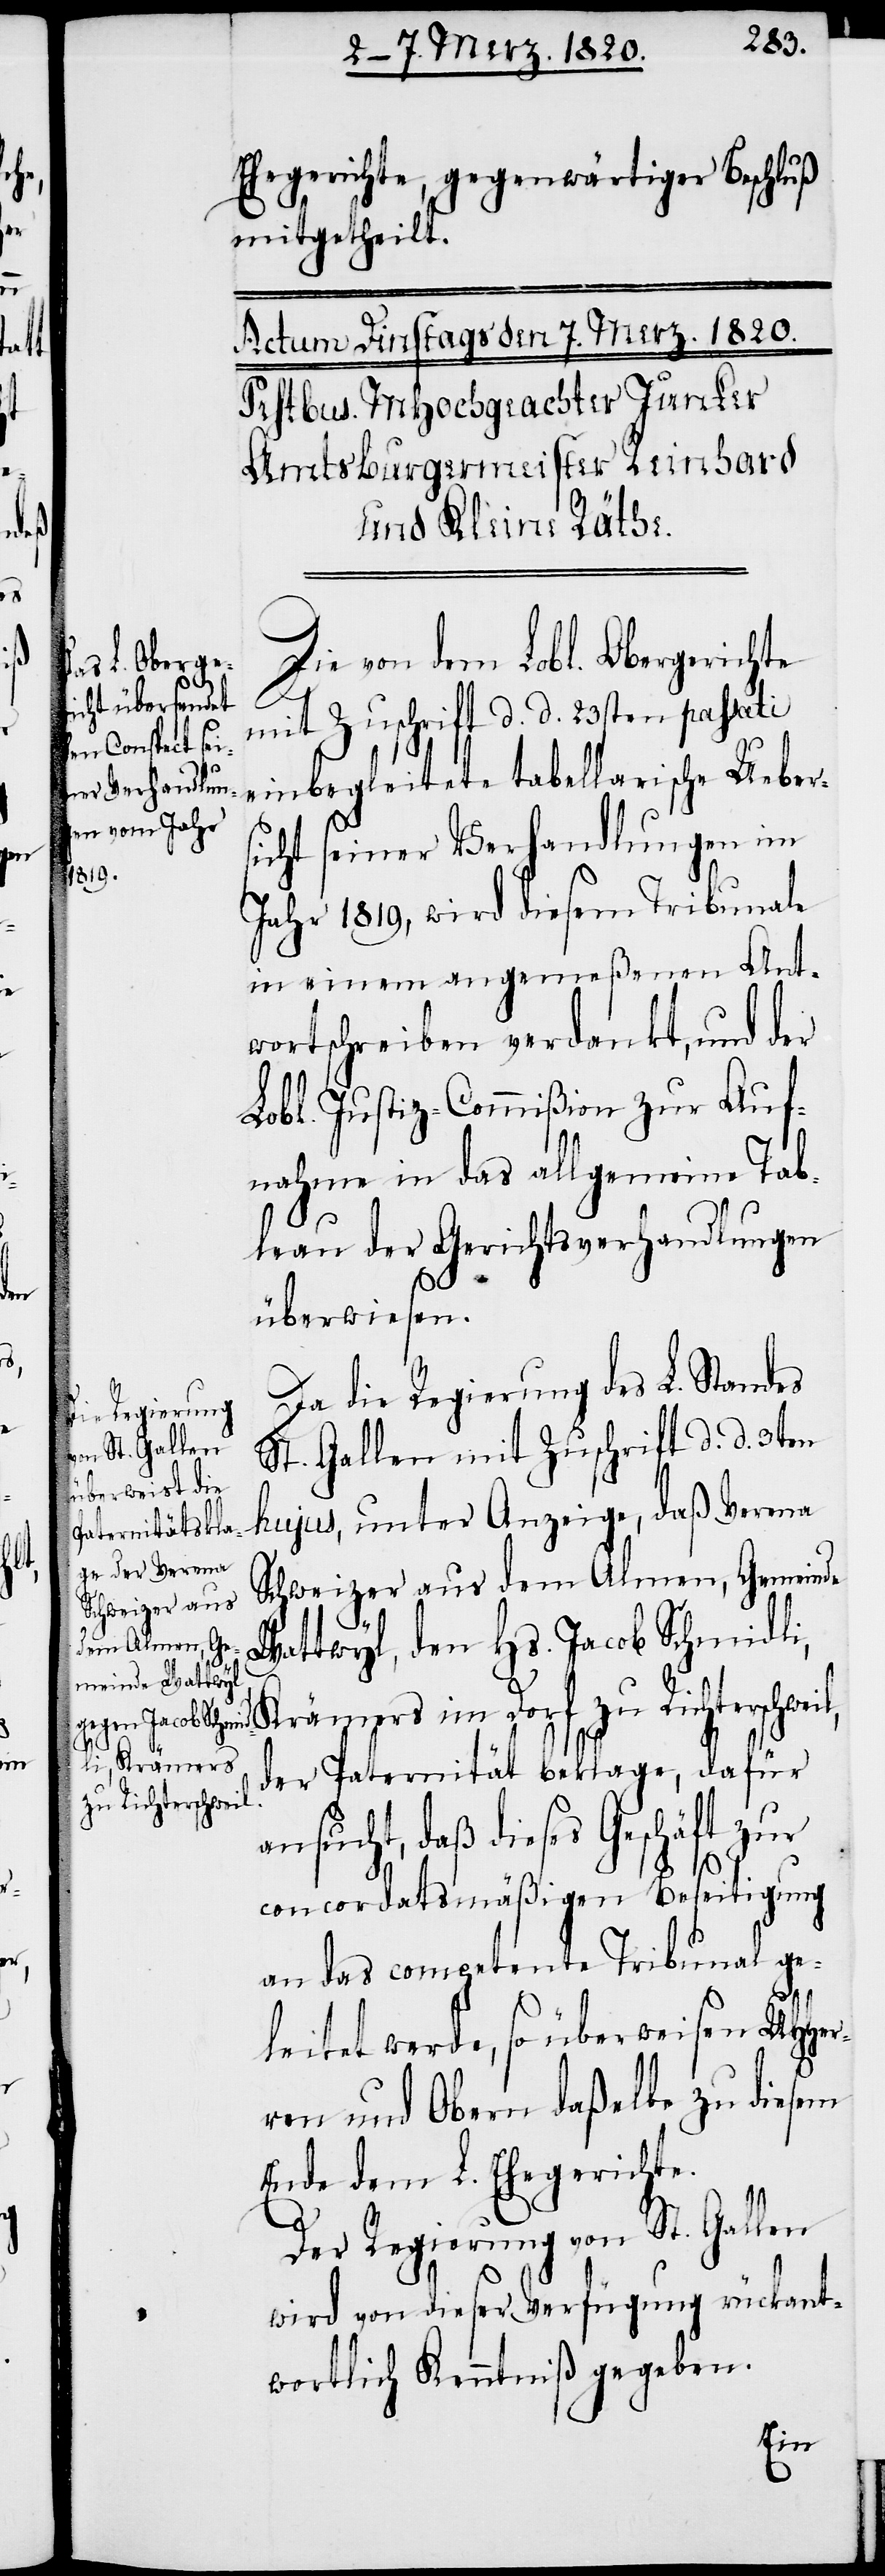
im

Ehegerichte, gegenwärtiger Beschluß
mitgetheilt.
Die von dem Lobl. Obergerichte
mit Zuschrift d. d. 23sten passa¬
ti einbegleitete tabellarische Ueber¬
sicht seiner Verhandlungen im
Jahr 1819, wird diesem Tribunale
in einem angemeßenen Ant¬
wortschreiben verdankt, und der
Lobl. Justiz-Commißion zur Auf¬
nahme in das allgemeine Tab¬
leau der Gerichtsverhandlungen
überwiesen.
Da die Regierung des L. Standes
St. Gallen mit Zuschrift d d 3ten
hujus, unter Anzeige, daß Verena
Schweizer aus dem Almen, Gemeinde
Wattwyl, den Hs. Jacob Schmidli,
Krämers
der Paternität beklage, dafür
zu Richterschwei¬
ansucht, daß dieses Geschäft zur
concordatsmäßigen Beseitigung
an das competente Tribunal ge¬
leitet werde, so überweisen UHHer¬
ren und Obern daßelbe zu diesem
Ende dem L. Ehegerichte.
l,
Der Regierung von St. Gallen
wird von dieser Verfügung rückant¬
wortlich Kenntniß gegeben.